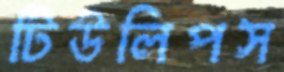
টিউলিপস